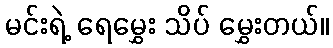
မင်းရဲ့ ရေမွှေး သိပ် မွှေးတယ်။